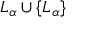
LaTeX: L _ { \alpha } \cup \{ L _ { \alpha } \}